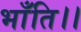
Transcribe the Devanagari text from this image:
भाँति।।